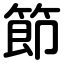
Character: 節